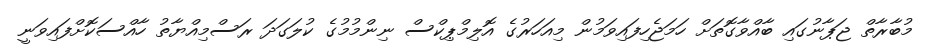
މުބާރާތް ޖަޕާނުގައި ބާއްވާގޮތަށް ހަމަޖެހިފައިވަމުން މިއަހަރުގެ އޮލިމްޕިކްސް ނިންމުމުގެ ކުލަގަދަ ރަސްމިއްޔާތު ހާއްސަކޮށްފައިވަނީ